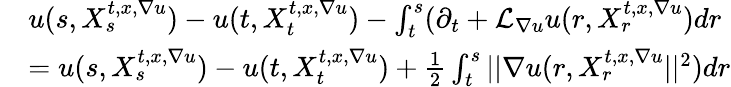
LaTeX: \begin{array}{rl}&{u(s,X_{s}^{t,x,\nabla u})-u(t,X_{t}^{t,x,\nabla u})-\int_{t}^{s}(\partial_{t}+\mathcal{L}_{\nabla u}u(r,X_{r}^{t,x,\nabla u})dr}\\ &{=u(s,X_{s}^{t,x,\nabla u})-u(t,X_{t}^{t,x,\nabla u})+\frac{1}{2}\int_{t}^{s}||\nabla u(r,X_{r}^{t,x,\nabla u}||^{2})dr}\end{array}